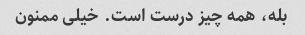
بله، همه چیز درست است. خیلی ممنون